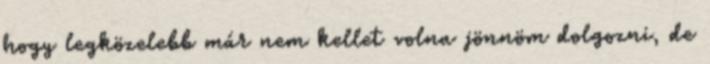
hogy legközelebb már nem kellet volna jönnöm dolgozni, de